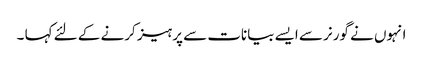
انہوں نے گورنر سے ایسے بیانات سے پرہیز کرنے کے لئے کہا ۔